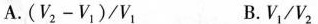
A.$$( V _ { 2 } - V _ { 1 } ) / V _ { 1 }$$ B.V_{1}/V_{2}